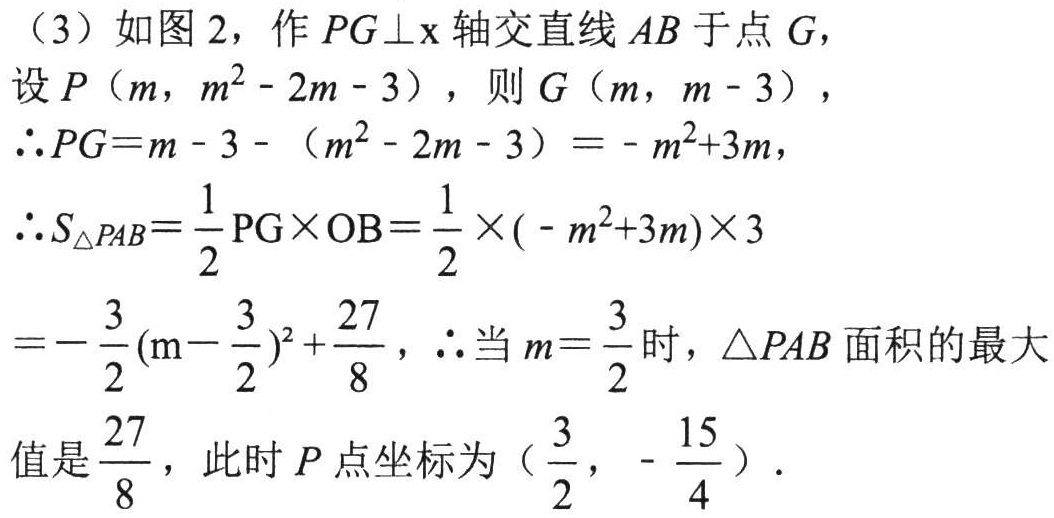
（3）如图 2，作 \(PG\perp x\) 轴交直线 \(AB\) 于点 \(G\)，
设 \(P（m，m^{2}- 2m - 3）\)，则 \(G（m，m - 3）\)，
\(\therefore PG=m - 3 - （m^{2}- 2m - 3）=- m^{2}+3m\)，
\(\therefore S_{\triangle PAB}=\frac{1}{2}PG\times OB=\frac{1}{2}\times(- m^{2}+3m)\times3\)
\(=-\frac{3}{2}(m - \frac{3}{2})^{2}+\frac{27}{8}\)，\(\therefore\)当 \(m = \frac{3}{2}\) 时，\(\triangle PAB\) 面积的最大值是 \(\frac{27}{8}\)，此时 \(P\) 点坐标为 \((\frac{3}{2},-\frac{15}{4})\)．